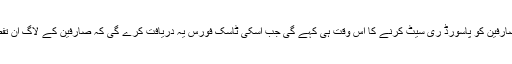
مگر کمپنی کا کہنا تھا کہ وہ صارفین کو پاسورڈ ری سیٹ کرنے کا اس وقت ہی کہے گی جب اسکی ٹاسک فورس یہ دریافت کرے گی کہ صارفین کے لاگ ان تفصیلات کا غلط استعمال ہوا ہے۔